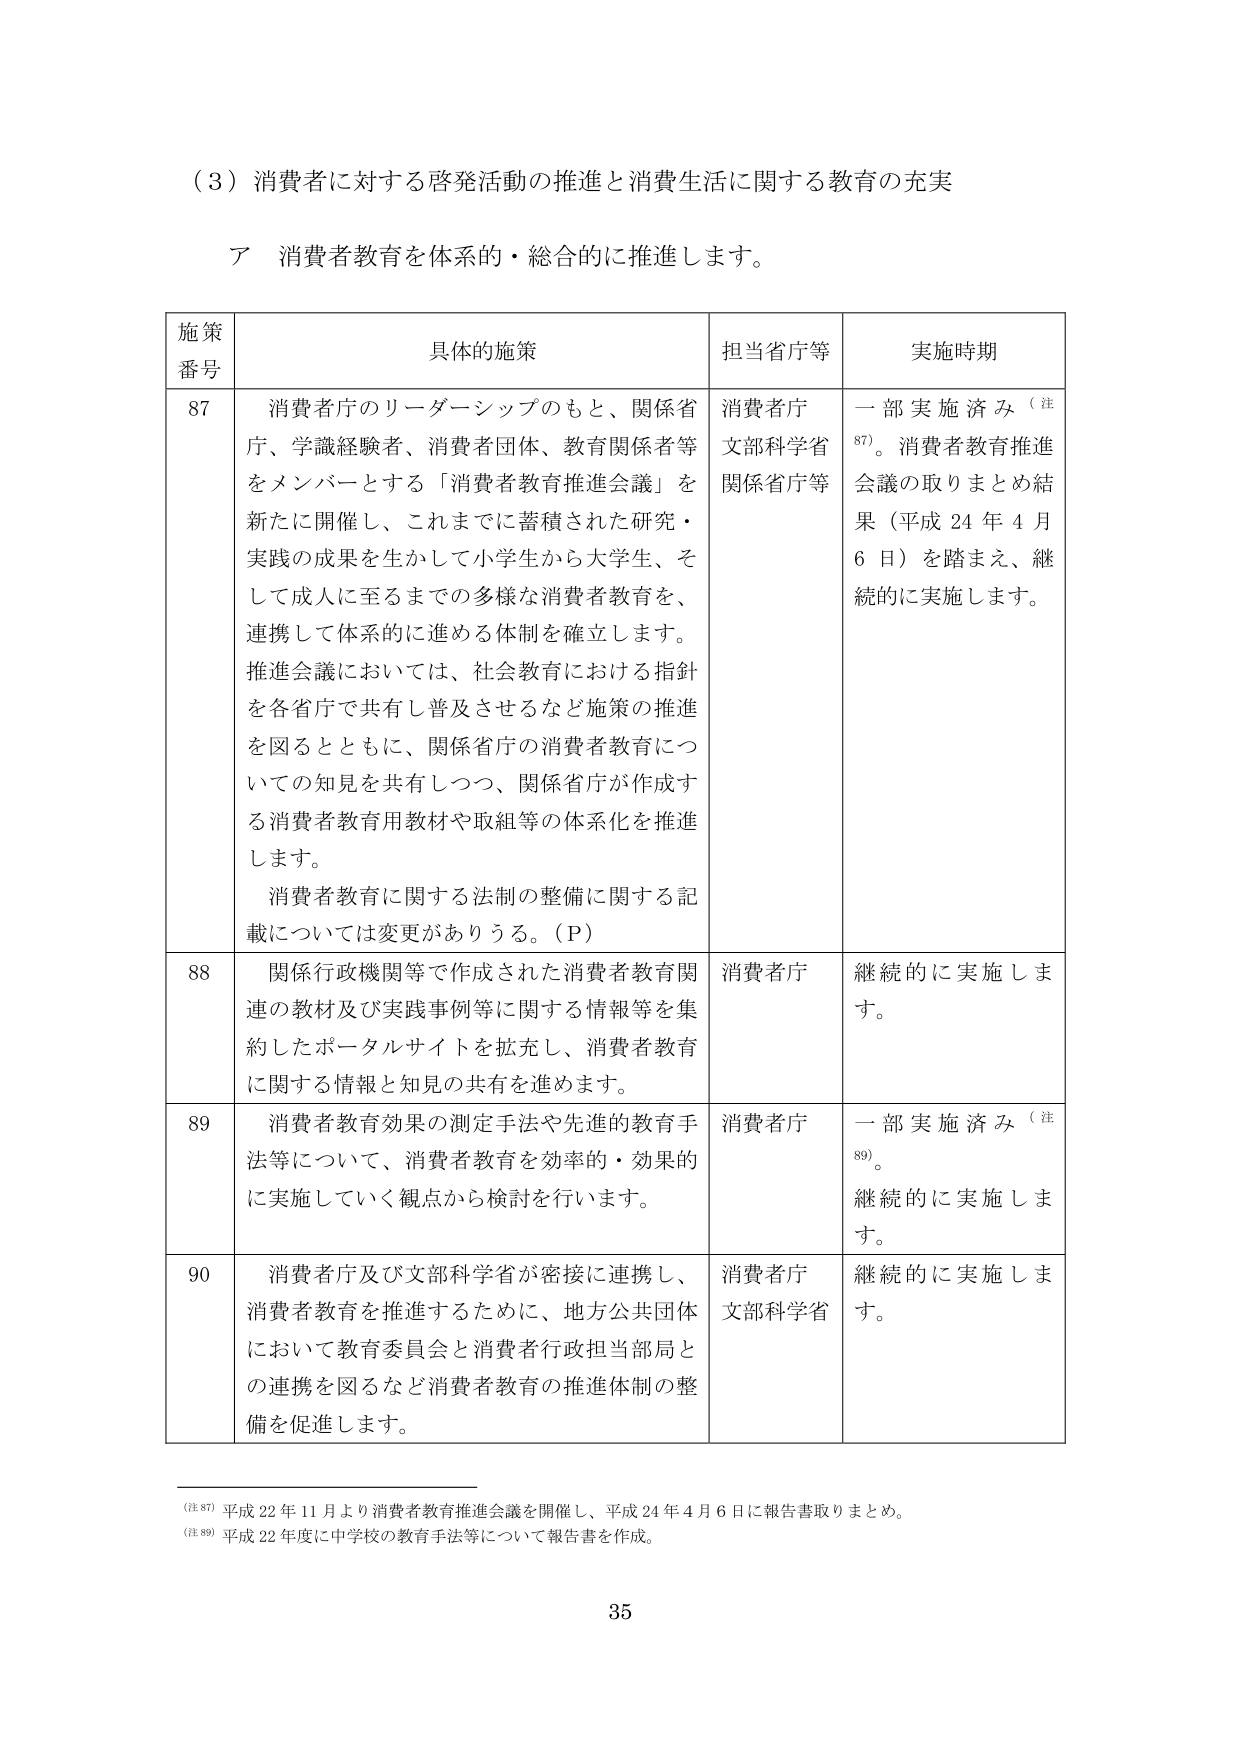
（３）消費者に対する啓発活動の推進と消費生活に関する教育の充実

ア 消費者教育を体系的・総合的に推進します。

| 施策番号 | 具体的施策 | 担当省庁等 | 実施時期 |
|----------|------------|------------|----------|
| 87 | 消費者庁のリーダーシップのもと、関係省庁、学識経験者、消費者団体、教育関係者等をメンバーとする「消費者教育推進会議」を新たに開催し、これまでに蓄積された研究・実践の成果を生かして小学生から大学生、そして成人に至るまでの多様な消費者教育を、連携して体系的に進める体制を確立します。推進会議においては、社会教育における指針を各省庁で共有し普及させるなど施策の推進を図るとともに、関係省庁の消費者教育についての知見を共有しつつ、関係省庁が作成する消費者教育用教材や取組等の体系化を推進します。消費者教育に関する法制の整備に関する記載については変更がありうる。（Ｐ） | 消費者庁<br>文部科学省<br>関係省庁等 | 一部実施済み（注87）。消費者教育推進会議の取りまとめ結果（平成24年4月6日）を踏まえ、継続的に実施します。 |
| 88 | 関係行政機関等で作成された消費者教育関連の教材及び実践事例等に関する情報を集約したポータルサイトを拡充し、消費者教育に関する情報と知見の共有を進めます。 | 消費者庁 | 継続的に実施します。 |
| 89 | 消費者教育効果の測定手法や先進的教育手法等について、消費者教育を効率的・効果的に実施していく観点から検討を行います。 | 消費者庁 | 一部実施済み（注89）。継続的に実施します。 |
| 90 | 消費者庁及び文部科学省が密接に連携し、消費者教育を推進するために、地方公共団体において教育委員会と消費者行政担当部局との連携を図るなど消費者教育の推進体制の整備を促進します。 | 消費者庁<br>文部科学省 | 継続的に実施します。 |

（注87）平成22年11月より消費者教育推進会議を開催し、平成24年4月6日に報告書取りまとめ。

（注89）平成22年度に中学校の教育手法等について報告書を作成。

35